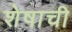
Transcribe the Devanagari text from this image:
शेषाची